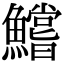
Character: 鱨